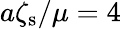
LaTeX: a\zeta_{\mathrm{s}}/\mu=4